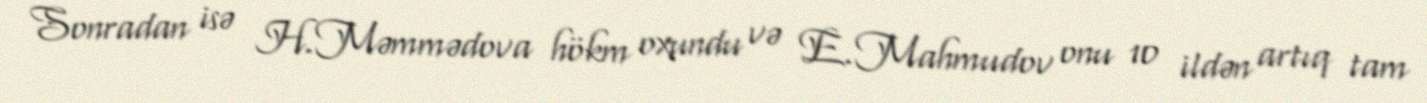
Sonradan isə H.Məmmədova hökm oxundu və E.Mahmudov onu 10 ildən artıq tam